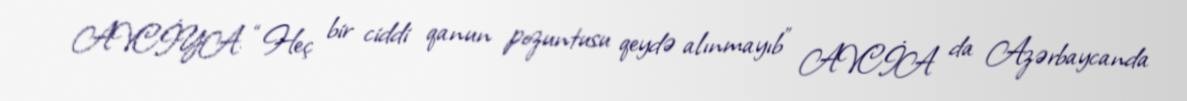
AVCİYA: “Heç bir ciddi qanun pozuntusu qeydə alınmayıb” AVCİA da Azərbaycanda